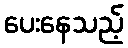
ပေးနေသည့်